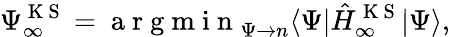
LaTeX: \Psi_{\infty}^{\mathrm{~K~S~}}=\mathrm{~a~r~g~m~i~n~}_{\Psi\to n}\langle\Psi|\hat{H}_{\infty}^{\mathrm{~K~S~}}|\Psi\rangle,